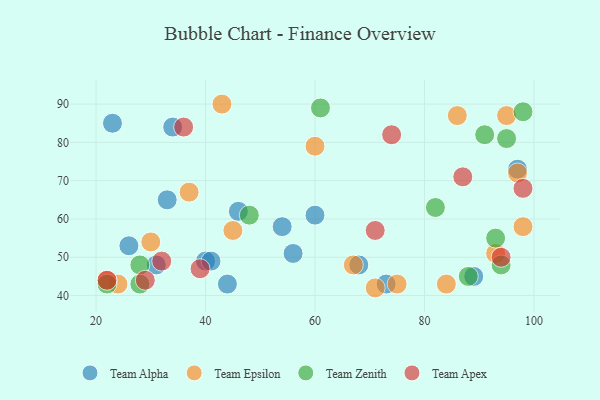
{"axis": {"x": "GDP", "y": "Life Expectancy"}, "legend": ["Team Alpha", "Team Apex", "Team Epsilon", "Team Zenith"], "data": [{"x": "40", "y": 49, "type": "Team Alpha"}, {"x": "46", "y": 62, "type": "Team Alpha"}, {"x": "33", "y": 65, "type": "Team Alpha"}, {"x": "26", "y": 53, "type": "Team Alpha"}, {"x": "73", "y": 43, "type": "Team Alpha"}, {"x": "60", "y": 61, "type": "Team Alpha"}, {"x": "44", "y": 43, "type": "Team Alpha"}, {"x": "89", "y": 45, "type": "Team Alpha"}, {"x": "31", "y": 48, "type": "Team Alpha"}, {"x": "56", "y": 51, "type": "Team Alpha"}, {"x": "97", "y": 73, "type": "Team Alpha"}, {"x": "41", "y": 49, "type": "Team Alpha"}, {"x": "54", "y": 58, "type": "Team Alpha"}, {"x": "34", "y": 84, "type": "Team Alpha"}, {"x": "68", "y": 48, "type": "Team Alpha"}, {"x": "23", "y": 85, "type": "Team Alpha"}, {"x": "86", "y": 87, "type": "Team Epsilon"}, {"x": "67", "y": 48, "type": "Team Epsilon"}, {"x": "93", "y": 51, "type": "Team Epsilon"}, {"x": "71", "y": 42, "type": "Team Epsilon"}, {"x": "24", "y": 43, "type": "Team Epsilon"}, {"x": "84", "y": 43, "type": "Team Epsilon"}, {"x": "22", "y": 44, "type": "Team Epsilon"}, {"x": "43", "y": 90, "type": "Team Epsilon"}, {"x": "60", "y": 79, "type": "Team Epsilon"}, {"x": "75", "y": 43, "type": "Team Epsilon"}, {"x": "45", "y": 57, "type": "Team Epsilon"}, {"x": "37", "y": 67, "type": "Team Epsilon"}, {"x": "97", "y": 72, "type": "Team Epsilon"}, {"x": "98", "y": 58, "type": "Team Epsilon"}, {"x": "95", "y": 87, "type": "Team Epsilon"}, {"x": "30", "y": 54, "type": "Team Epsilon"}, {"x": "94", "y": 48, "type": "Team Zenith"}, {"x": "93", "y": 55, "type": "Team Zenith"}, {"x": "98", "y": 88, "type": "Team Zenith"}, {"x": "88", "y": 45, "type": "Team Zenith"}, {"x": "28", "y": 48, "type": "Team Zenith"}, {"x": "61", "y": 89, "type": "Team Zenith"}, {"x": "22", "y": 43, "type": "Team Zenith"}, {"x": "48", "y": 61, "type": "Team Zenith"}, {"x": "82", "y": 63, "type": "Team Zenith"}, {"x": "91", "y": 82, "type": "Team Zenith"}, {"x": "28", "y": 43, "type": "Team Zenith"}, {"x": "95", "y": 81, "type": "Team Zenith"}, {"x": "87", "y": 71, "type": "Team Apex"}, {"x": "32", "y": 49, "type": "Team Apex"}, {"x": "29", "y": 44, "type": "Team Apex"}, {"x": "74", "y": 82, "type": "Team Apex"}, {"x": "36", "y": 84, "type": "Team Apex"}, {"x": "22", "y": 44, "type": "Team Apex"}, {"x": "94", "y": 50, "type": "Team Apex"}, {"x": "98", "y": 68, "type": "Team Apex"}, {"x": "39", "y": 47, "type": "Team Apex"}, {"x": "71", "y": 57, "type": "Team Apex"}]}